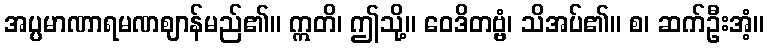
အပ္ပမာဏာရမဏဈာန်မည်၏။ ဣတိ၊ ဤသို့။ ဝေဒိတဗ္ဗံ၊ သိအပ်၏။ စ၊ ဆက်ဦးအံ့။